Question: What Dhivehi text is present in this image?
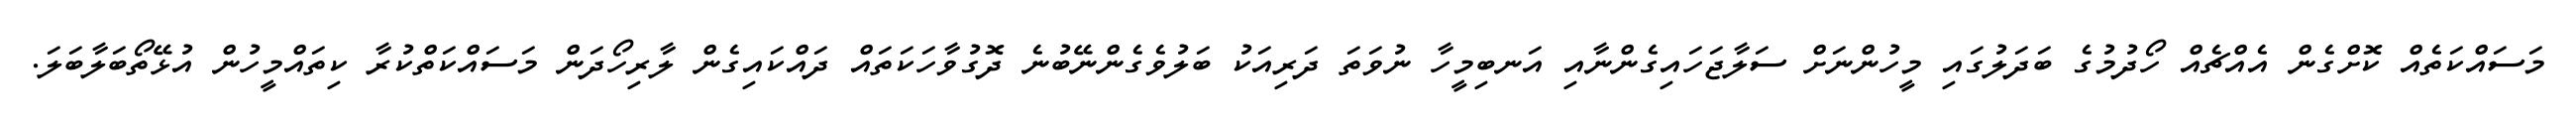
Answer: މަސައްކަތެއް ކޮށްގެން އެއްޗެއް ހޯދުމުގެ ބަދަލުގައި މީހުންނަށް ސަލާޖަހައިގެންނާއި އަނބިމީހާ ނުވަތަ ދަރިއަކު ބަލުވެގެންނޭބުނެ ދޮގުވާހަކަތައް ދައްކައިގެން ލާރިހޯދަން މަސައްކަތްކުރާ ކިތައްމީހުން އުޅޭތޯބަލާބަލަ.